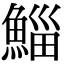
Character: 鯔